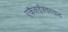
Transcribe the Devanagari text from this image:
एकैकईश्‍वरवाद